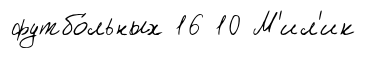
футбо́льных 16 10 М'ил'ик